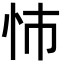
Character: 㤄